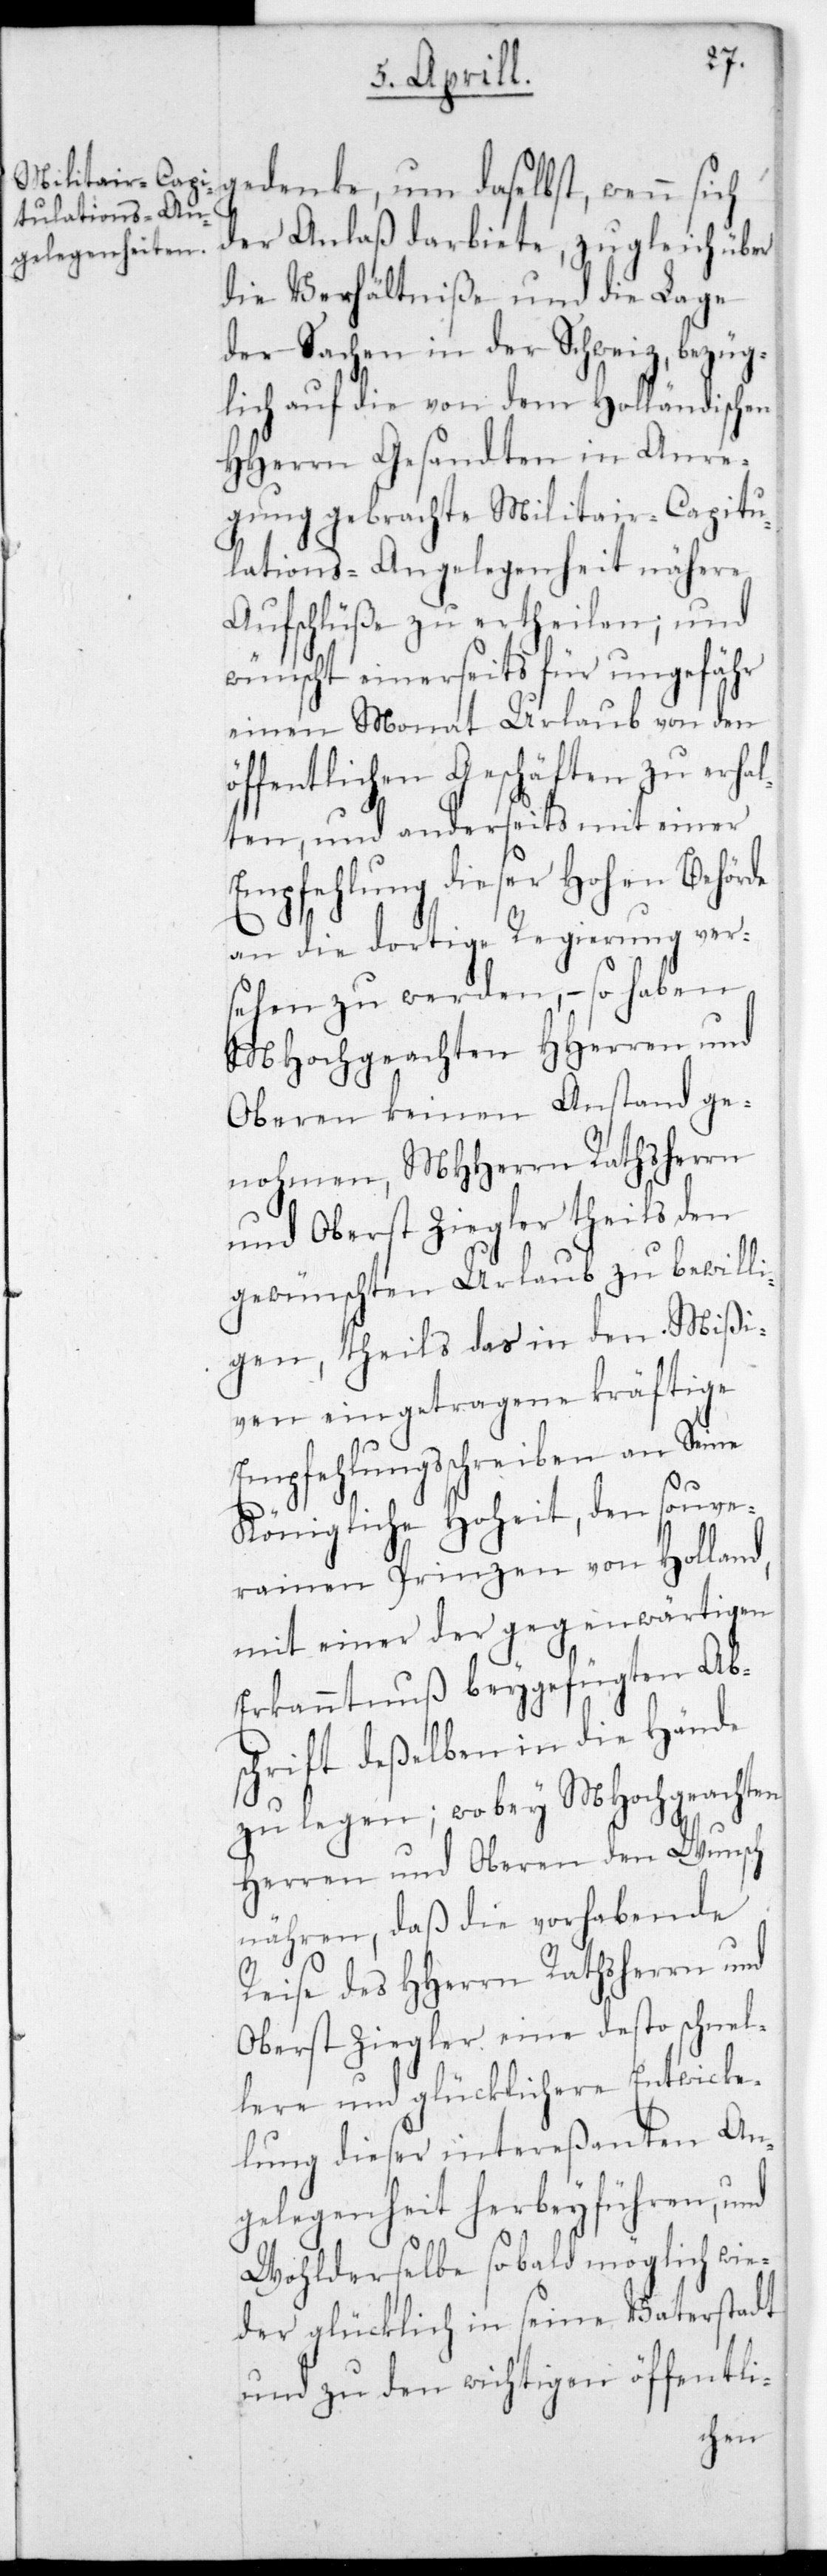
gedenke, um daselbst, wenn sich
der Anlaß darbiete, zugleich über
die Verhältniße und die Lage
der Sachen in der Schweiz, bezüg¬
lich auf die von dem Holländischen
HHerrn Gesandten in Anre¬
gung gebrachte Militair-Capitu¬
lations-Angelegenheit nähere
Aufschlüße zu ertheilen, und
wünscht einerseits für ungefähr
einen Monat Urlaub von den
öffentlichen Geschäften zu erhal¬
ten, und anderseits mit einer
Empfehlung dieser Hohen Behörde
an die dortige Regierung ver¬
sehen zu werden, – so haben
MHochgeachten HHerren und
Oberen keinen Anstand ge¬
nohmen, MHHerrn Rathsherrn
und Oberst Ziegler theils den
gewünschten Urlaub zu bewilli¬
gen, theils das in den Mißi¬
ven eingetragene kräftige
Empfehlungsschreiben an Seine
Königliche Hoheit, den souve¬
rainen Prinzen von Holland,
mit einer der gegenwärtigen
Erkanntnuß beygefügten Ab¬
schrift deßelben in die Hände
zu legen; wobey MHochgeachten
Herren und Oberen den Wunsch
nähren, daß die vorhabende
Reise des HHerrn Rathsherrn und
Oberst Ziegler eine desto schnel¬
lere und glücklichere Entwick¬
lung dieser intereßanten An¬
gelegenheit herbeyführen, und
Wohlderselbe sobald möglich wie¬
der glücklich in seine Vaterstadt
und zu den wichtigen öffentli-